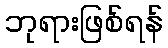
ဘုရားဖြစ်ရန်